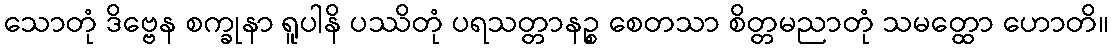
သောတုံ ဒိဗ္ဗေန စက္ခုနာ ရူပါနိ ပဿိတုံ ပရသတ္တာနဉ္စ စေတသာ စိတ္တမညာတုံ သမတ္ထော ဟောတိ။